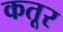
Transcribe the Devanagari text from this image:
कतूर